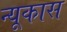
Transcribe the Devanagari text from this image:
न्यूकास